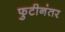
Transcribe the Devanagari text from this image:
फुटीनंतर